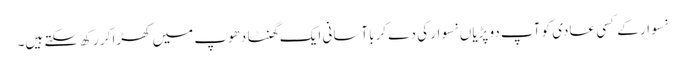
نسوار کے کسی عادی کو آپ دو پڑیاں نسوار کی دے کر باآسانی ایک گھنٹا دھوپ میں کھڑا کر رکھ سکتے ہیں۔